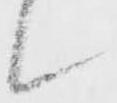
候